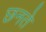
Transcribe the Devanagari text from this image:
छनते